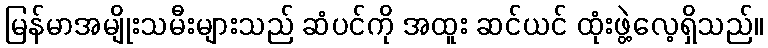
မြန်မာအမျိုးသမီးများသည် ဆံပင်ကို အထူး ဆင်ယင် ထုံးဖွဲ့လေ့ရှိသည်။